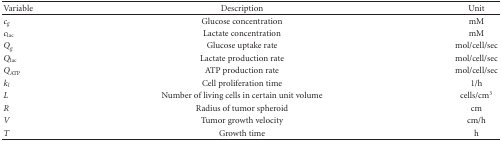
| Variable | Description | Unit |
 | --- | --- | --- |
 | cg | Glucose concentration | mM |
 | clac | Lactate concentration | mM |
 | Qg | Glucose uptake rate | mol/cell/sec |
 | Qlac | Lactate production rate | mol/cell/sec |
 | QATP | ATP production rate | mol/cell/sec |
 | kl | Cell proliferation time | 1/h |
 | L | Number of living cells in certain unit volume | cells/cm3 |
 | R | Radius of tumor spheroid | cm |
 | V | Tumor growth velocity | cm/h |
 | T | Growth time | h |